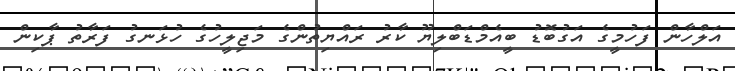
އަލްހާން ފަހުމީގެ އަގުބޮޑު ބީއެމްޑަބްލިޔޫ ކާރު ރައްޔިތުންގެ މަޖިލީހުގެ ހުޅަނގު ފަރާތު ޕާކިން